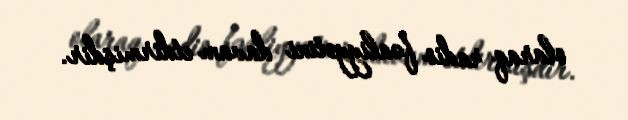
olaraq radio fəaliyyətini davam etdirmişdir.